Lunatic asylums Madras 1892-1911 - 1892-1911
Year: 1892
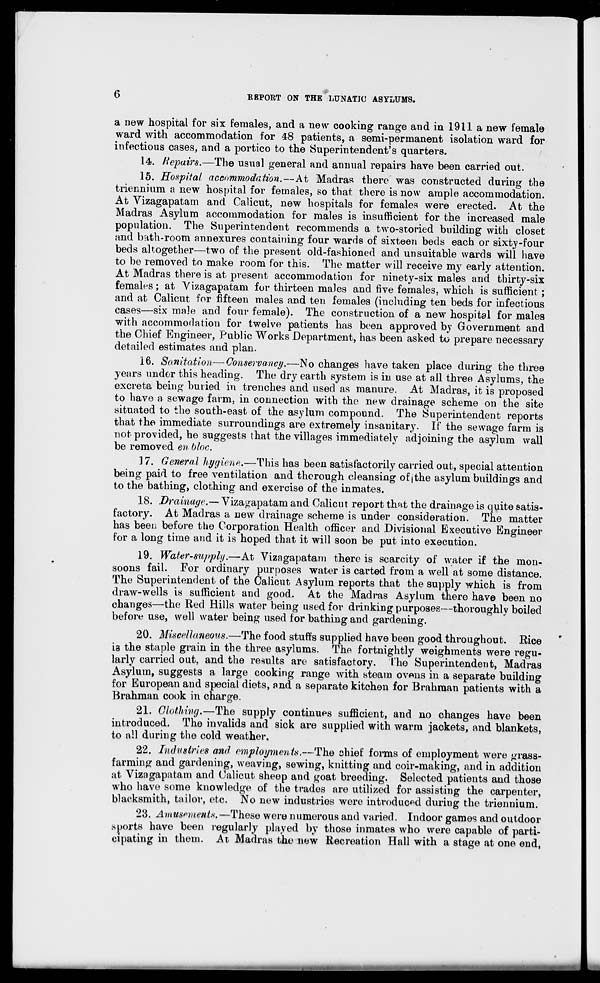
KEP0RT ON THE LUNATIC ASYLUMS.
a new hospital for six females, and a new cooking range and in 1911 a new female
ward with accommodation for 48 patients, a semi-permanent isolation ward for
infectious cases, and a portico to the Superintendent's quarters.
14. Repairs.—The usual general and annual repairs have been carried out.
15. Hospital accommodation.—At Madras there was constructed during the
triennium a new hospital for females, so that there is now ample accommodation.
At Vizagapatam and Calicut, new hospitals for females were erected. At the
Madras Asylum accommodation for males is insufficient for the increased male
population. The Superintendent recommends a two-storied building with closet
and bath-room annexures containing four wards of sixteen beds each or sixty-four
beds altogether—two of the present old-fashioned and unsuitable wards will have
to be removed to make room for this. The matter will receive my early attention.
At Madras there is at present accommodation for ninety-six males and thirty-six
females; at Vizagapatam for thirteen males and five females, which is sufficient ;
and at Calicut for fifteen males and ten females (including ten beds for infectious
cases—six male and four female). The construction of a new hospital for males
with accommodation for twelve patients has been approved by Government and
the Chief Engineer, Public Works Department, has been asked to prepare necessary
detailed estimates and plan.
16. Sanitation—Conservancy.—No changes have taken place during the three
years under this heading. The dry earth system is in use at all three Asylums, the
excreta being buried in trenches and used as manure. At Madras, it is proposed
to have a sewage farm, in connection with the new drainage scheme on the site
situated to the south-east of the asylum compound. The Superintendent reports
that the immediate surroundings are extremely insanitary. If the sewage farm is
not provided, he suggests that the villages immediately adjoining the asylum wall
be removed en bloc.
] 7. General hygiene.—This has been satisfactorily carried out, special attention
being paid to free ventilation and thorough cleansing of|the asylum buildings and
to the bathing, clothing and exercise of the inmates.
18. Drainage.— Yizagapatam and Calicut report that the draina.ge is quite satis-
factory. At Madras a new drainage scheme is under consideration. The matter
has been before the Corporation Health officer and Divisional Executive Engineer
for a long time and it is hoped that it will soon be put into execution.
19. Water-supply.—At Vizagapatani there is scarcity of water if the mon-
soons fail. For ordinary purposes water is carted from a well at some distance.
The Superintendent of the Calicut Asylum reports that the supply which is from
draw-wells is sufficient and good. At the Madras Asylum there have been no
changes—the Red Hills water being used for drinking purposes—thoroughly boiled
before use, well water being used for bathing and gardening.
20. Miscellaneous.—The food stuffs supplied have been good throughout. Rice
ig the staple grain in the three asylums. The fortnightly weighments were regu-
larly carried out, and the results are satisfactory. The Superintendent, Madras
Asylum, suggests a large cooking range with steain ovens in a separate building
for European and special diets, and a separate kitchen for Brahman patients with a
Brahman cook in charge.
21. Clothing.—The supply continues sufficient, and no changes have been
introduced. The invalids and sick are supplied with warm jackets, and blankets,
to all during the cold weather,
22. Industries and employments.—The chief forms of employment were grass-
farming and gardening, weaving, sewing, knitting and coir-making, and in addition
at Vizagapatam and Calicut sheep and goat breeding. Selected patients and those
who have some knowledge of the trades are utilized for assisting the carpenter,
blacksmith, tailor, etc. No new industries were introduced during the triennium.
23. Amusmient*.—These were numerous and varied. Indoor games and outdoor
sports have been regularly played by those inmates who were capable of parti-
cipating in them. At Madras the new Recreation Hall with a stage at one end,